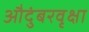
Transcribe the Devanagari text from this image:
औदुंबरवृक्षा